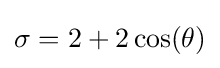
\sigma =2+2\cos(\theta )